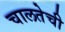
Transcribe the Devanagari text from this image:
चालतेची